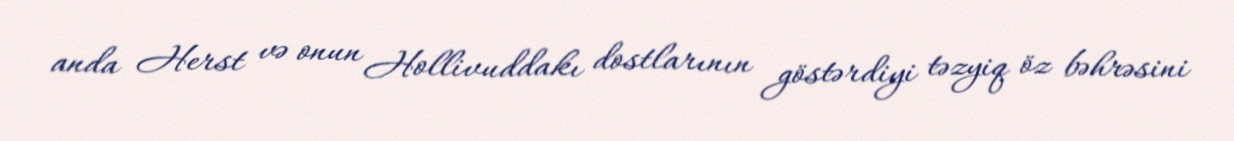
anda Herst və onun Hollivuddakı dostlarının göstərdiyi təzyiq öz bəhrəsini